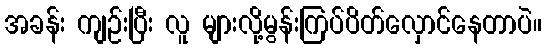
အခန်း ကျဉ်းပြီး လူ များလို့မွန်းကြပ်ပိတ်လှောင်နေတာပဲ။